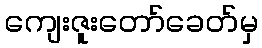
ကျေးဇူးတော်ခေတ်မှ